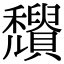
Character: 𥤒